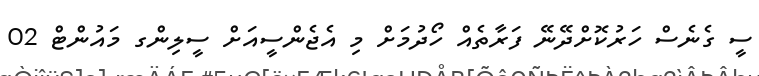
ސީ ގެނެސް ހަރުކޮށްދޭނޭ ފަރާތެއް ހޯދުމަށް މި އެޖެންސީއަށް ސީލިންގ މައުންޓް 02